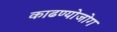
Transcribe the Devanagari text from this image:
काढण्योजोग